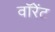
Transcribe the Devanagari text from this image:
वॉरेंट